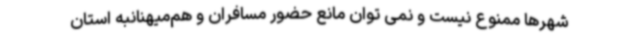
شهرها ممنوع نیست و نمی توان مانع حضور مسافران و هم‌میهنانبه استان